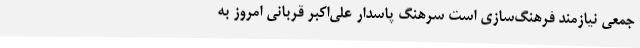
جمعی نیازمند فرهنگ‌سازی است سرهنگ پاسدار علی‌اکبر قربانی امروز به